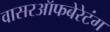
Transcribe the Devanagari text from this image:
वासरऑफबेरेटंग